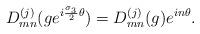
LaTeX: \begin{align*}D^{(j)}_{mn}(ge^{i{{\sigma}_3\over 2}{\theta}})=D^{(j)}_{mn}(g)e^{in{\theta}}.\end{align*}